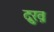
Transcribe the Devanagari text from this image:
दुःख़